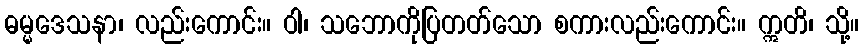
ဓမ္မဒေသနာ၊ လည်းကောင်း။ ဝါ၊ သဘောကိုပြတတ်သော စကားလည်းကောင်း။ ဣတိ၊ သို့။